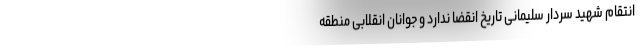
انتقام شهید سردار سلیمانی تاریخ انقضا ندارد و جوانان انقلابی منطقه